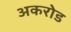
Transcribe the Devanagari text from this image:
अकरोड